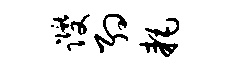
躞约耗